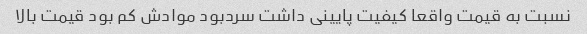
نسبت به قیمت واقعا کیفیت پایینی داشت سردبود موادش کم بود قیمت بالا